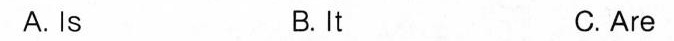
A.Is B.It C.Are